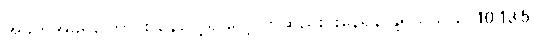
အခက်အခဲရှိကြောင်း နေလေ့ရှိ လေ့လာဆည်းပူးနေရန် နို့ရည်သည် 10.13.5